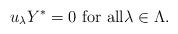
LaTeX: \begin{align*}\text{$u_\lambda Y^*=0$ for all${\lambda\in\Lambda}$.}\end{align*}